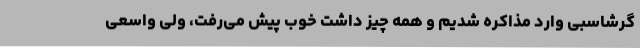
گرشاسبی وارد مذاکره شدیم و همه چیز داشت خوب پیش می‌رفت، ولی واسعی